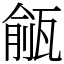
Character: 㼶